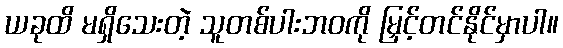
ယခုထိ မရှိသေးတဲ့ သူတစ်ပါးဘဝကို မြှင့်တင်နိုင်မှာပါ။